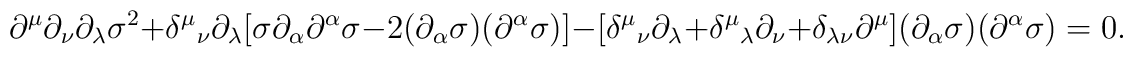
\partial^\mu\partial_\nu\partial_\lambda\sigma^2+\delta^\mu{}_\nu\partial_\lambda[\sigma\partial_\alpha\partial^\alpha\sigma-2(\partial_\alpha\sigma)(\partial^\alpha\sigma)]-[\delta^\mu{}_\nu\partial_\lambda+\delta^\mu{}_\lambda\partial_\nu+\delta_{\lambda\nu}\partial^\mu](\partial_\alpha\sigma)(\partial^\alpha\sigma)=0.